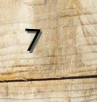
7